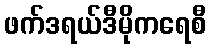
ဖက်ဒရယ်ဒီမိုကရေစီ